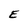
Character: E